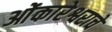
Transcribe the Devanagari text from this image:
ओंकारेश्वराचे